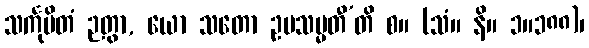
သင်္ကုပိတံ ဉတွာ, ယော သတော ဥပသမ္မတီ’တိ စ။ (သံ။ နိ။ ၁။၁၈၈)၊